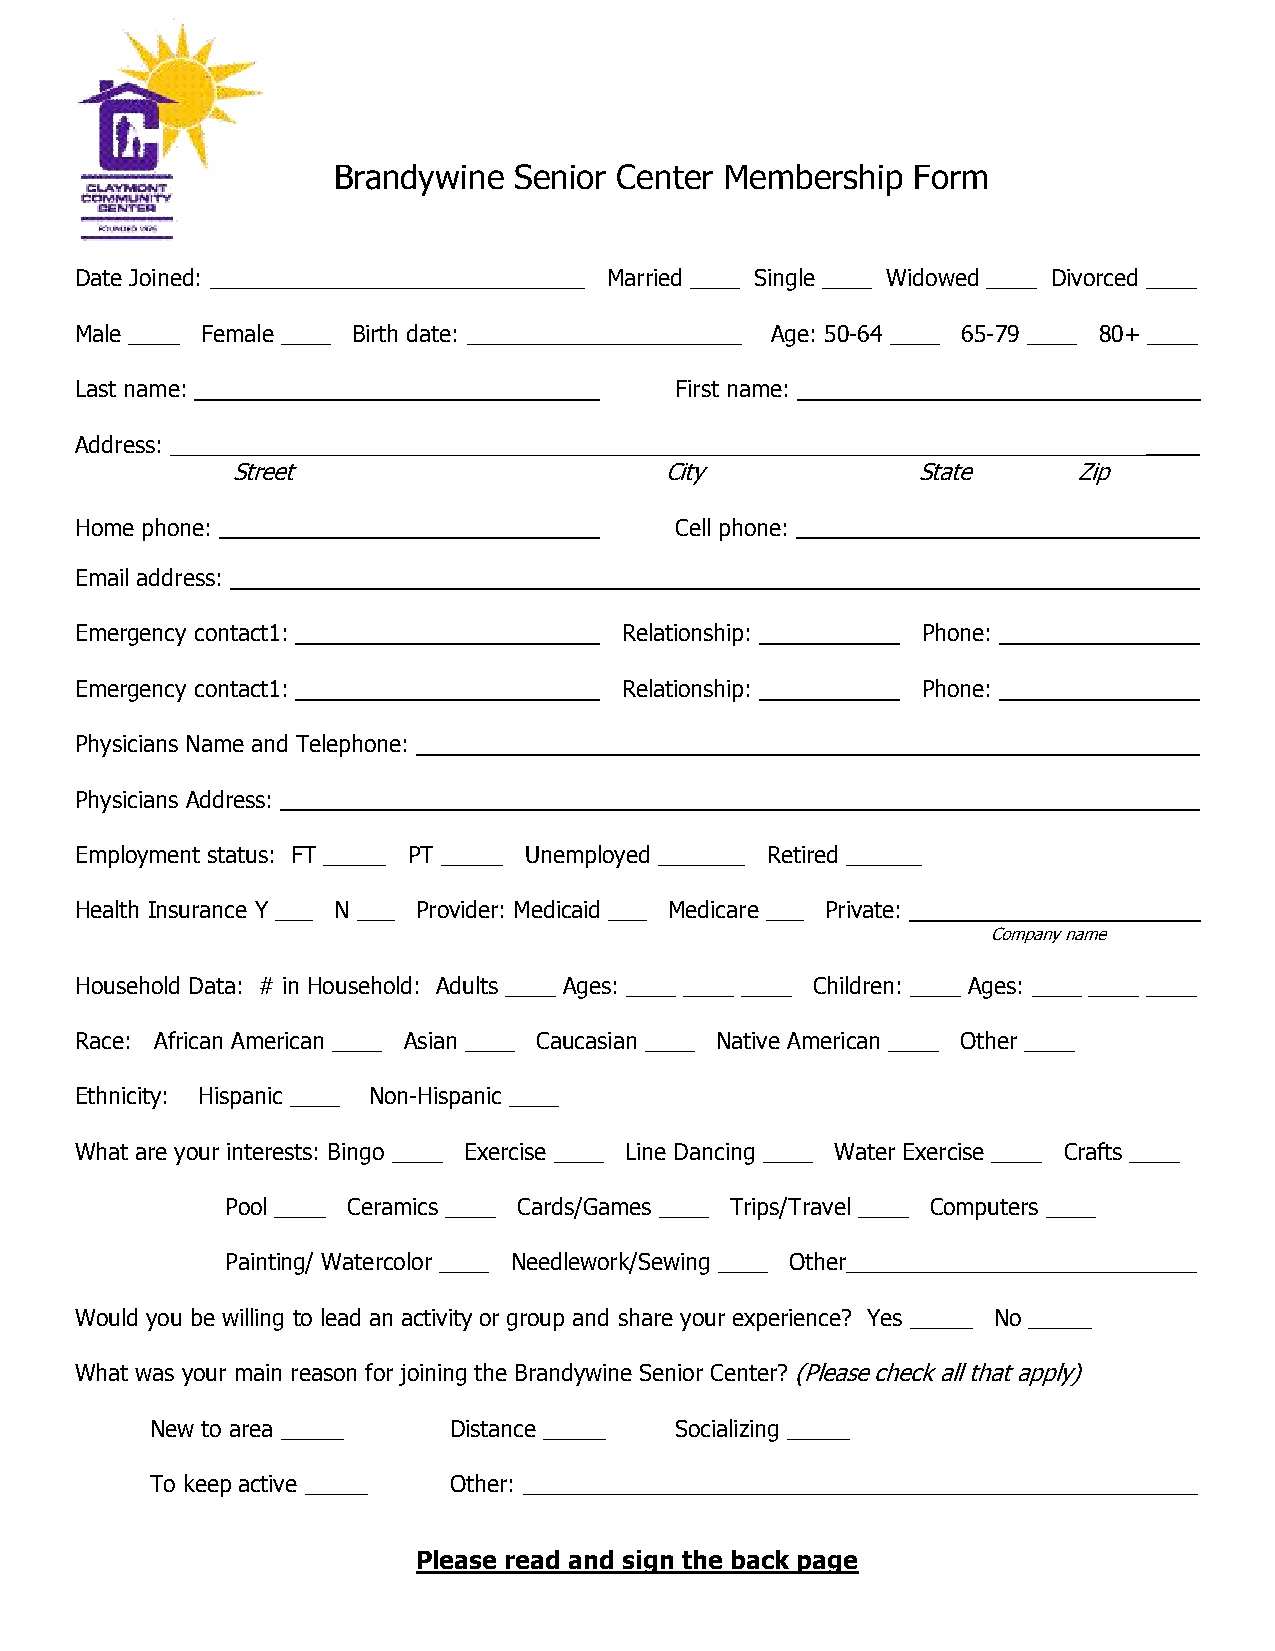
Brandywine  Senior Center Membership  Form
 Date Joined: ______________________________ Married ____ Single ____ Widowed ____ Divorced ____
 Male ____ Female ____ Birth date: ______________________ Age: 50-64 ____ 65-79 ____ 80+ ____
 Last name:                              First name:
 Address: ______________________________________________________________________________
 Street                       City             State     Zip
 Home phone:                             Cell phone:
 Email address:
 Emergency contact1:                 Relationship:       Phone:
 Emergency contact1:                 Relationship:       Phone:
 Physicians Name and Telephone:
 Physicians Address:
 Employment status: FT _____ PT _____ Unemployed _______ Retired ______
 Health Insurance Y ___ N ___ Provider: Medicaid ___ Medicare ___ Private:
 Company name
 Household Data: # in Household: Adults ____ Ages: ____ ____ ____ Children: ____ Ages: ____ ____ ____
 Race: African American ____ Asian ____ Caucasian ____ Native American ____ Other ____
 Ethnicity: Hispanic ____ Non-Hispanic ____
 What are your interests: Bingo ____ Exercise ____ Line Dancing ____ Water Exercise ____ Crafts ____
 Pool ____ Ceramics ____ Cards/Games ____ Trips/Travel ____ Computers ____
 Painting/ Watercolor ____ Needlework/Sewing ____ Other____________________________
 Would you be willing to lead an activity or group and share your experience? Yes _____ No _____
 What was your main reason for joining the Brandywine Senior Center? (Please check all that apply)
 New to area _____   Distance _____ Socializing _____
 To keep active _____ Other: ______________________________________________________
 Please read and sign the back page